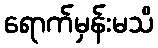
ရောက်မှန်းမသိ